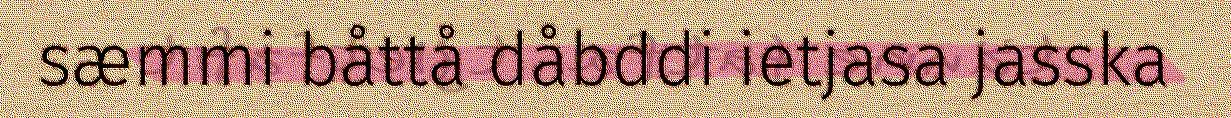
sæmmi båttå dåbddi ietjasa jasska